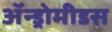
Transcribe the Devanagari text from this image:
ॲन्ड्रोमीडस